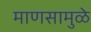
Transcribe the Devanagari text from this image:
माणसामुळे